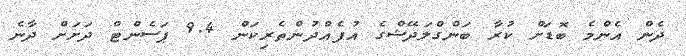
ދެން އެންމެ ބޮޑަށް ކުރާ ބަންގްލަދޭޝްގެ އުފެއްދުންތެރިކަން 9.4 ޕަސެންޓް ދަށަށް ދާނެ